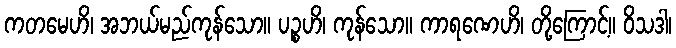
ကတမေဟိ၊ အဘယ်မည်ကုန်သော။ ပဉ္စဟိ၊ ကုန်သော။ ကာရဏေဟိ၊ တို့ကြောင့်။ ဝိသဒါ၊